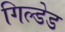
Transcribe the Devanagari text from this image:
गिल्डेड